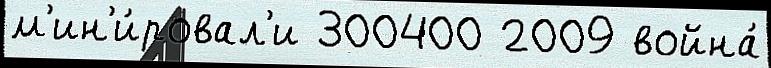
м'ин'и́ровал'и 300400 2009 война́